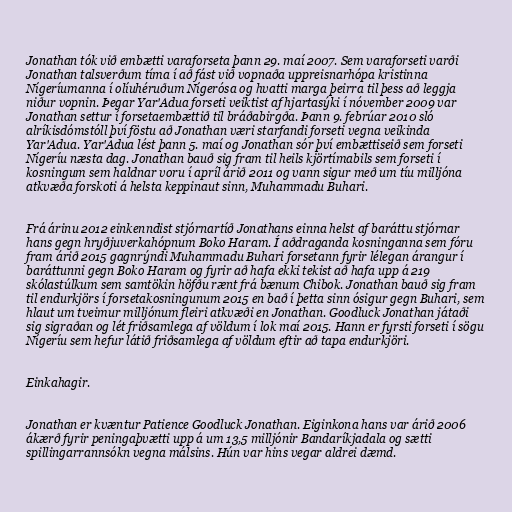
Jonathan tók við embætti varaforseta þann 29. maí 2007. Sem varaforseti varði
Jonathan talsverðum tíma í að fást við vopnaða uppreisnarhópa kristinna
Nígeríumanna í olíuhéruðum Nígerósa og hvatti marga þeirra til þess að leggja
niður vopnin. Þegar Yar'Adua forseti veiktist af hjartasýki í nóvember 2009 var
Jonathan settur í forsetaembættið til bráðabirgða. Þann 9. febrúar 2010 sló
alríkisdómstóll því föstu að Jonathan væri starfandi forseti vegna veikinda
Yar'Adua. Yar'Adua lést þann 5. maí og Jonathan sór því embættiseið sem forseti
Nígeríu næsta dag. Jonathan bauð sig fram til heils kjörtímabils sem forseti í
kosningum sem haldnar voru í apríl árið 2011 og vann sigur með um tíu milljóna
atkvæða forskoti á helsta keppinaut sinn, Muhammadu Buhari.

Frá árinu 2012 einkenndist stjórnartíð Jonathans einna helst af baráttu stjórnar
hans gegn hryðjuverkahópnum Boko Haram. Í aðdraganda kosninganna sem fóru
fram árið 2015 gagnrýndi Muhammadu Buhari forsetann fyrir lélegan árangur í
baráttunni gegn Boko Haram og fyrir að hafa ekki tekist að hafa upp á 219
skólastúlkum sem samtökin höfðu rænt frá bænum Chibok. Jonathan bauð sig fram
til endurkjörs í forsetakosningunum 2015 en bað í þetta sinn ósigur gegn Buhari, sem
hlaut um tveimur milljónum fleiri atkvæði en Jonathan. Goodluck Jonathan játaði
sig sigraðan og lét friðsamlega af völdum í lok maí 2015. Hann er fyrsti forseti í sögu
Nígeríu sem hefur látið friðsamlega af völdum eftir að tapa endurkjöri.

Einkahagir.

Jonathan er kvæntur Patience Goodluck Jonathan. Eiginkona hans var árið 2006
ákærð fyrir peningaþvætti upp á um 13,5 milljónir Bandaríkjadala og sætti
spillingarrannsókn vegna málsins. Hún var hins vegar aldrei dæmd.